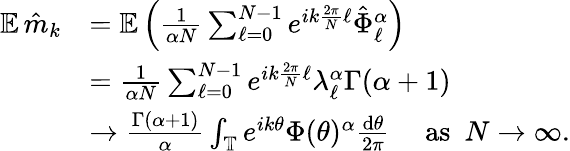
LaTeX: \begin{array}{rl}{{\mathbb E}\, \hat{m}_{k}}&{={\mathbb E}\left(\frac{1}{\alpha N}\sum_{\ell=0}^{N-1}e^{ik\frac{2\pi}{N}\ell}\hat{\Phi}_{\ell}^{\alpha}\right)}\\ &{=\frac{1}{\alpha N}\sum_{\ell=0}^{N-1}e^{ik\frac{2\pi}{N}\ell}\lambda_{\ell}^{\alpha}\Gamma(\alpha+1)}\\ &{\to\frac{\Gamma(\alpha+1)}{\alpha}\int_{\mathbb T}e^{ik\theta}\Phi(\theta)^{\alpha}\frac{\mathrm{d}\theta}{2\pi}\quad\mathrm{~as~}\ N\to\infty.}\end{array}